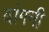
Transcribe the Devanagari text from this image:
वांगनी